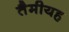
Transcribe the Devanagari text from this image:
तैमीयह